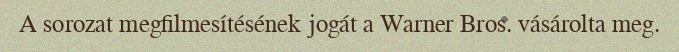
A sorozat megfilmesítésének jogát a Warner Bros. vásárolta meg.